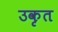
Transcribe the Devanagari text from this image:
उकृत